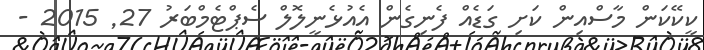
ކީކޭކަން މާސްއިން ކަށި ގަޑެއް ފެނިގެން އެއުޅެނީލޮލް ސެޕްޓެމްބަރު 27